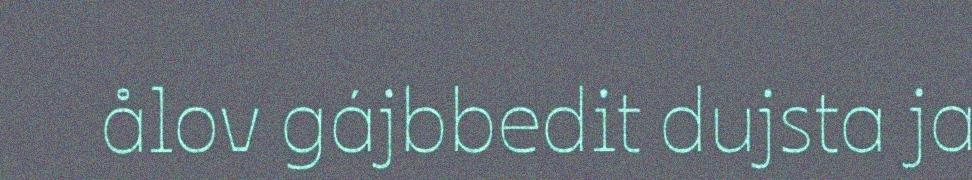
ålov gájbbedit dujsta ja